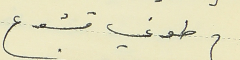
طوني قشوع